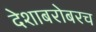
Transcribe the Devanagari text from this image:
देशाबरोबरच